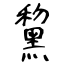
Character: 黧